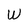
Character: W